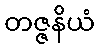
တဇ္ဇနိယံ